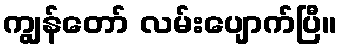
ကျွန်တော် လမ်းပျောက်ပြီ။